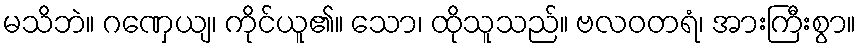
မသိဘဲ။ ဂဏှေယျ၊ ကိုင်ယူ၏။ သော၊ ထိုသူသည်။ ဗလဝတရံ၊ အားကြီးစွာ။